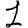
Digit: 1